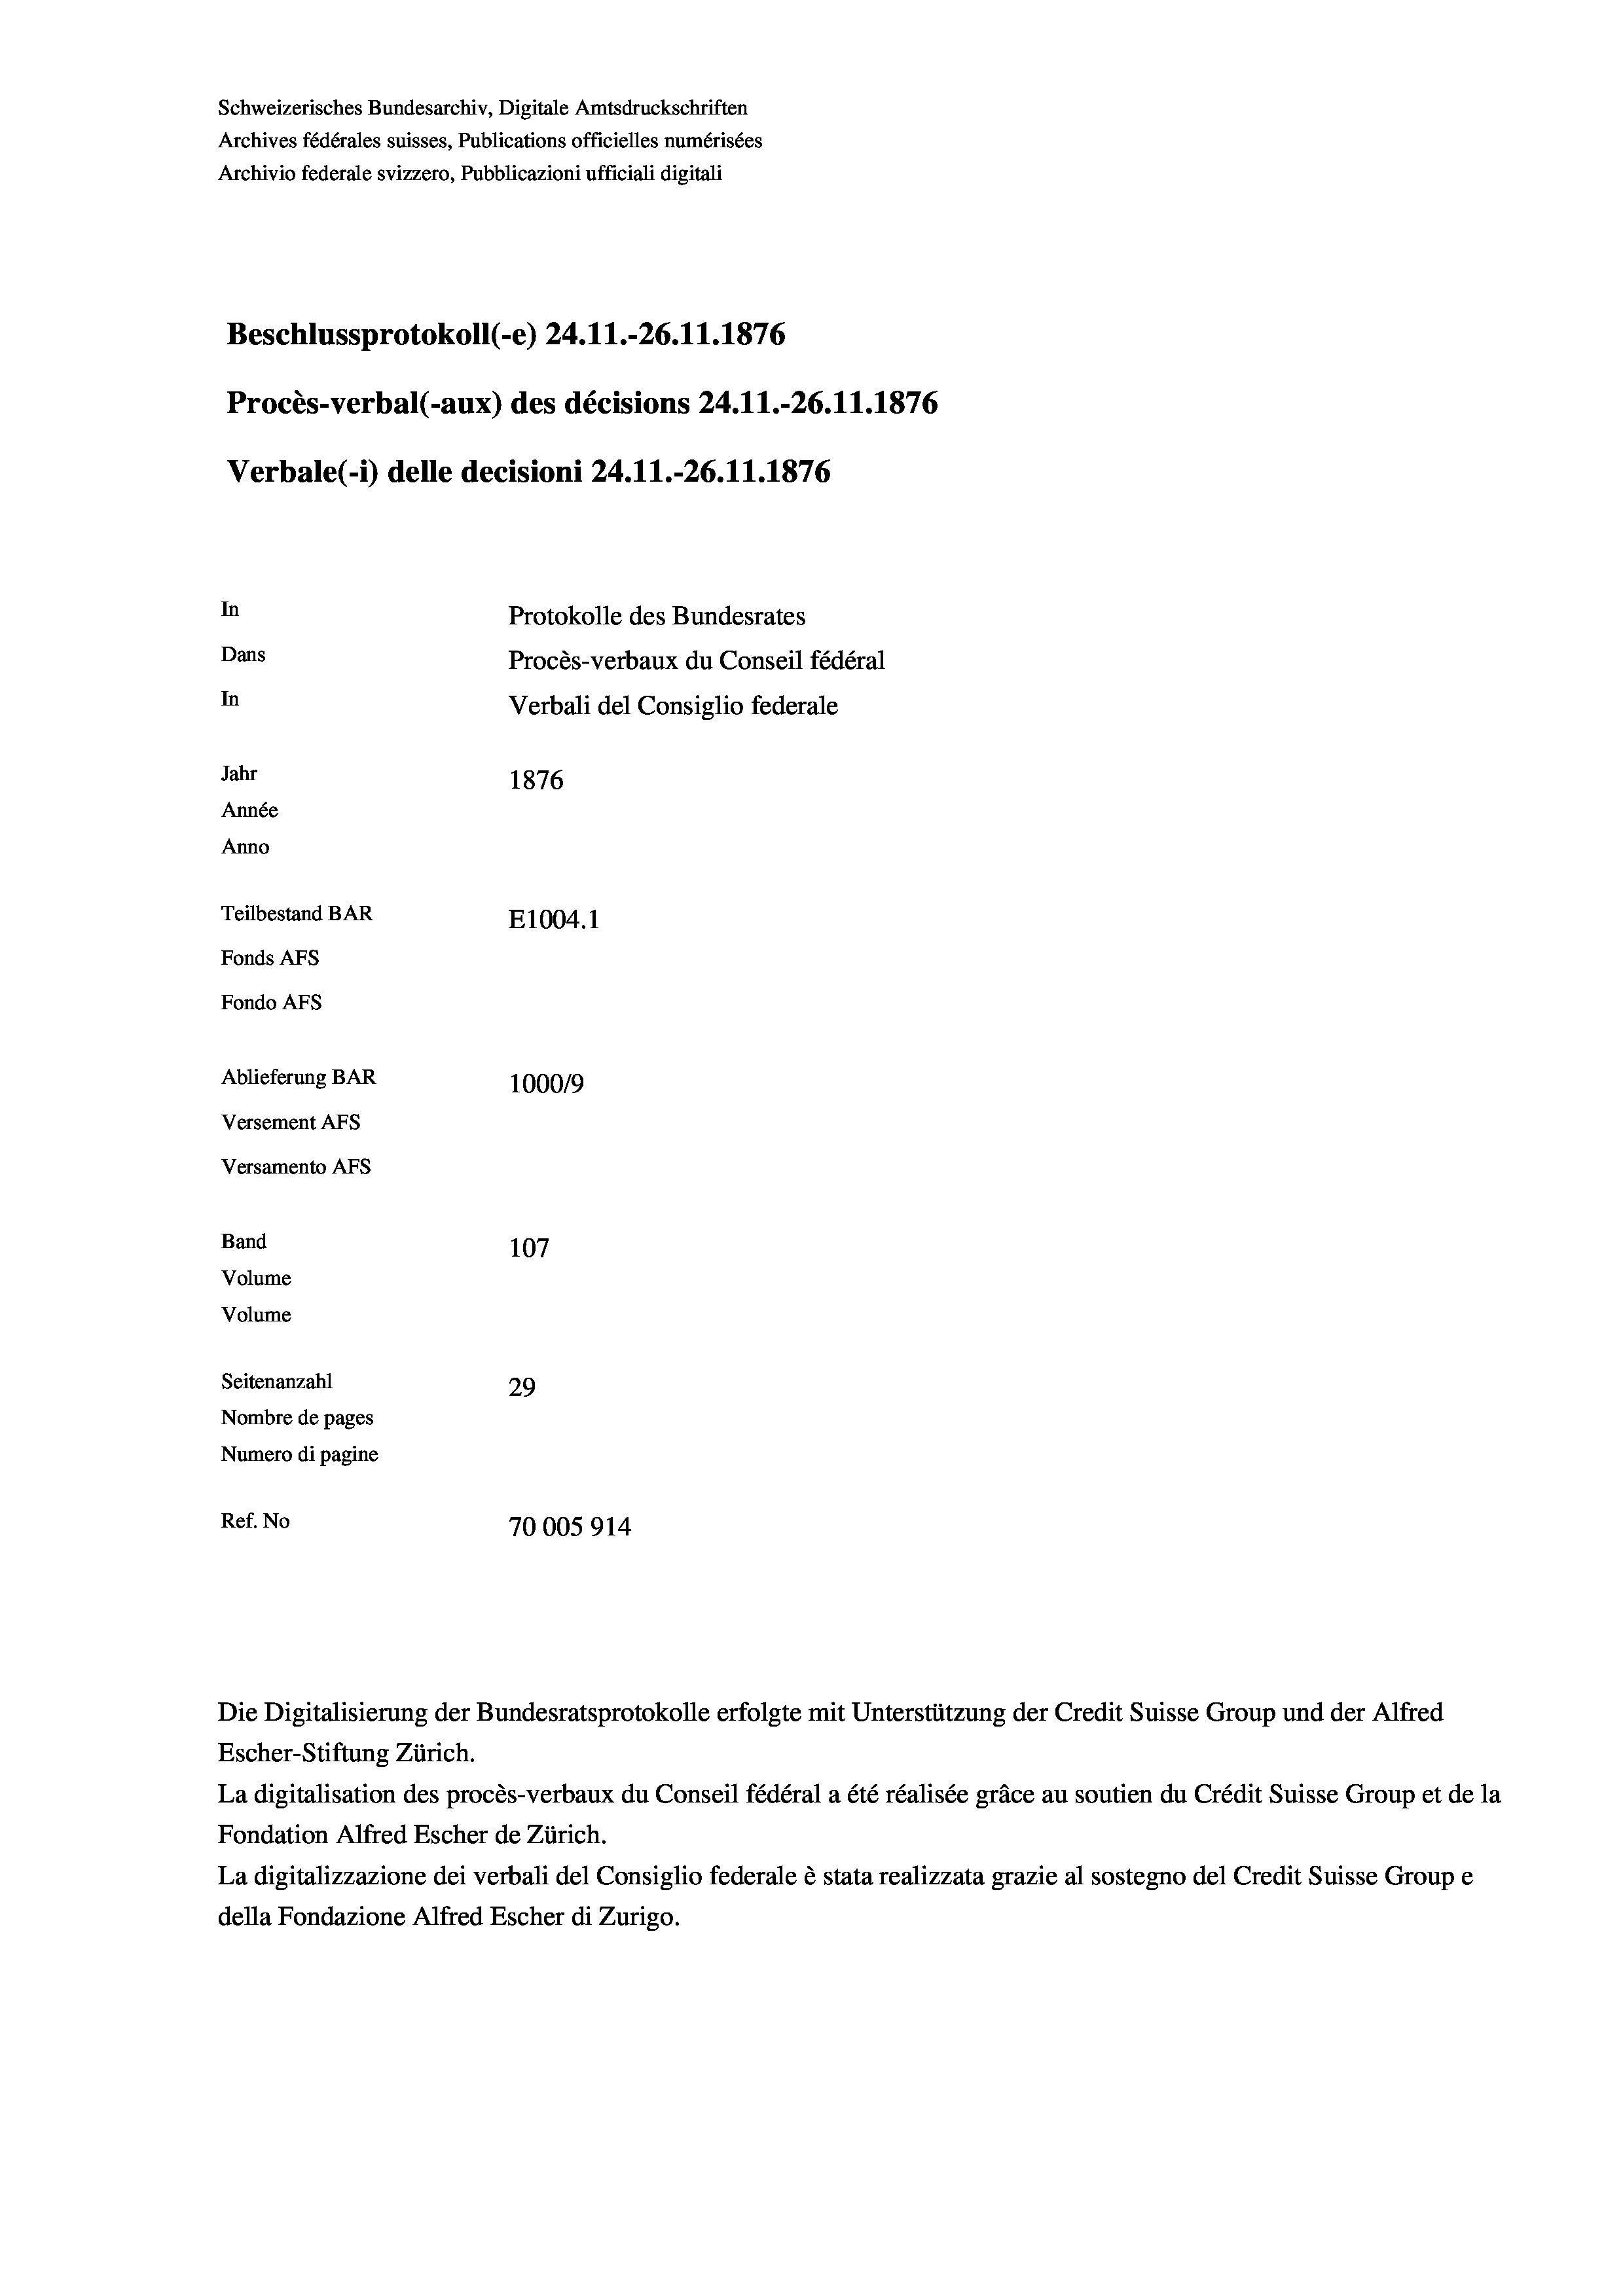
Schweizerisches Bundesarchiv, Digitale Amtsdruckschriften
Archives fédérales suisses, Publications officielles numérisées
Archivio federale svizzero, Pubblicazioni ufficiali digitali
Beschlussprotokoll (-e) 24.11.-26.11.1876
Procès-verbal (-aux) des décisions 24.11.-26.11.1876
Verbale (- 1) delle decisioni 24.11.-26.11.1876
In
Protokolle des Bundesrates
Dans
Procès-verbaux du Conseil fédéral
In
Verbali del Consiglio federale
Jahr
1876
Année
Anno
Teilbestand BAR
E1004.1
Fonds AFs
Fondo Afs
Ablieferung BAR
100019
Versement AFs
Versamento Afs
Band
107
Volume
Volume

Seitenanzahl
29
Nombre de pages
Numero di pagine
Ref. No
70005914

Escher-Stiftung Zürich.
La digitalisation des procès-verbaux du Conseil fédéral a été réalisée gräce au soutien du Crédit Suisse Group et de la
Fondation Alfred Escher de Zürich.
La digitalizzazione dei verbali del Consiglio federale è stata realizzata grazie al sostegno del Credit Suisse Groupe
della Fondazione Alfred Escher di Zurigo.

Die Digitalisierung der Bundesratsprotokolle erfolgte mit Unterstützung der Credit Suisse Group und der Alfred